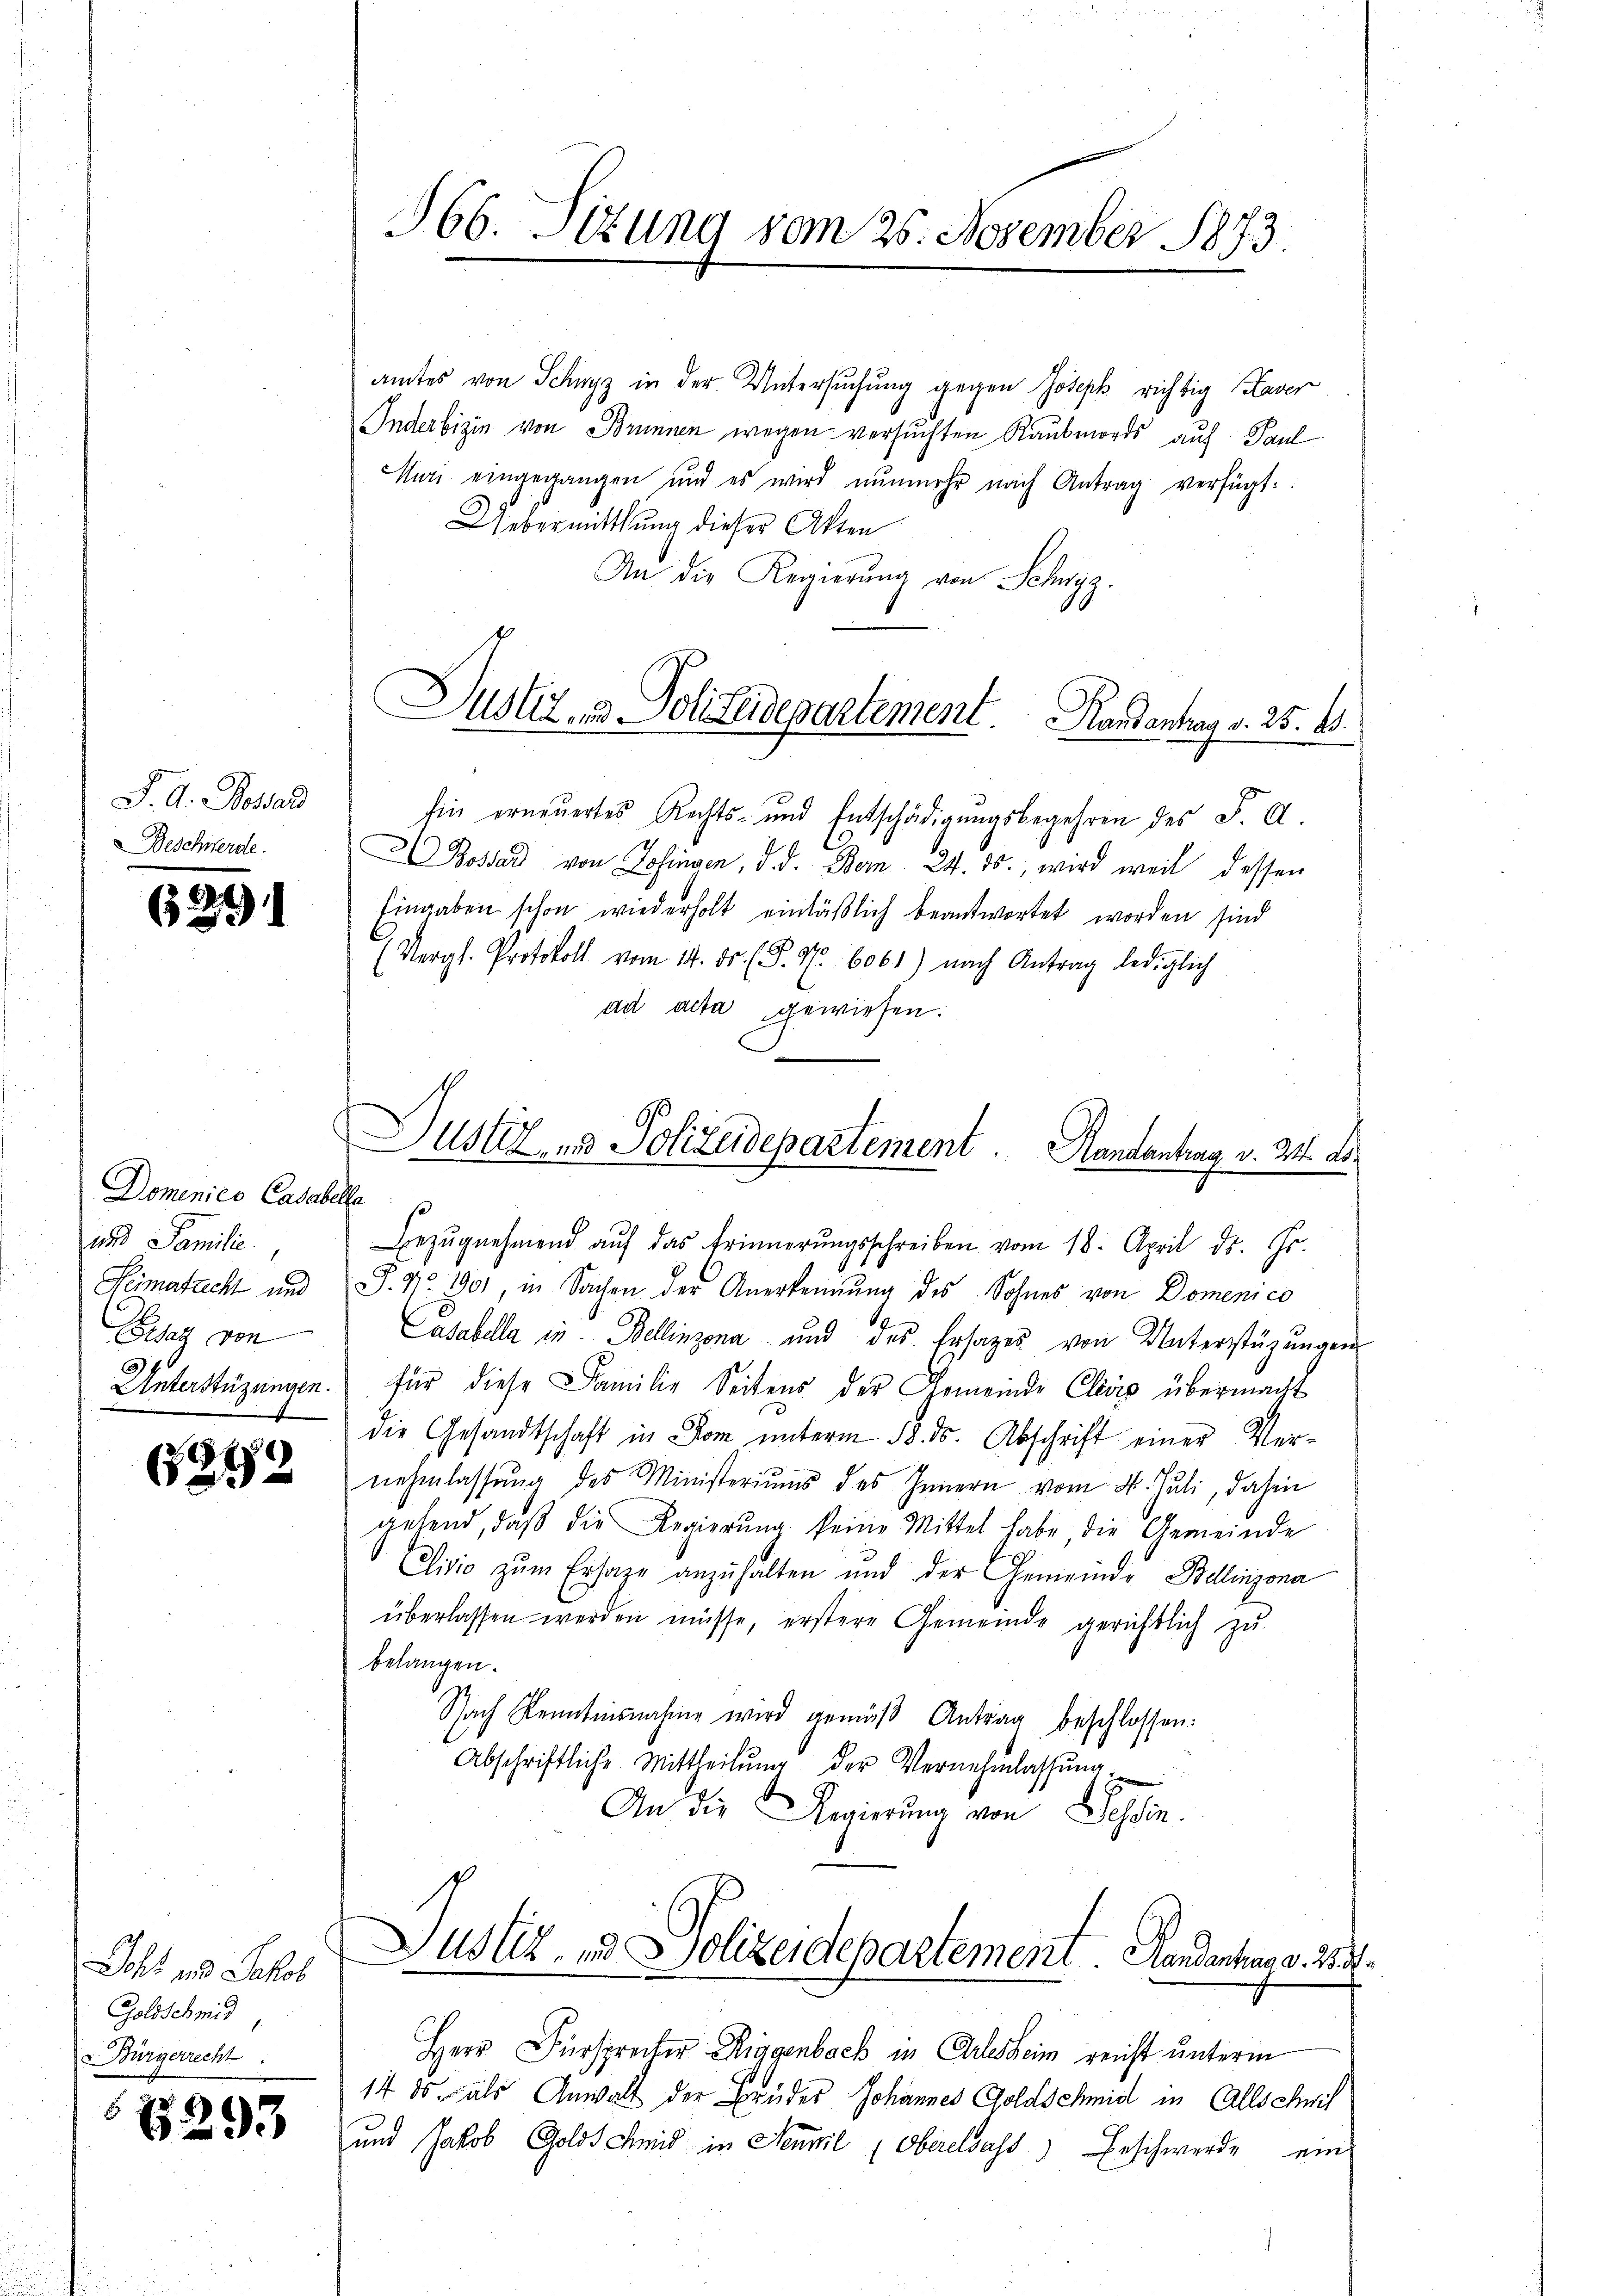
J. A. Bossard
Beschwerde.

21

Domenico Casabella
und Familie.
Heimatrecht und
Besatz von

6212

Doht und Jakob
Goldschmid,
Bürgerrecht

1293

§66. Sizung vom 26. November 1873.

amtes von Schwyz in der Untersuchung gegen Joseph richtig aver
Inderbizin von Brunnen wegen versuchten Raubmords auf Paul
Muri eingegangen und es wird nŭnmehr nach Antrag verfügt:
Uebermittlung dieser Akten
An die Regierŭng von Schwyz.

Justiz- & Polizeidepartement. Kardankay d. 25. 15.

Ein erneuertes Rechts- und Entschädigŭngsbegehren des F. A.
Bossard von Zofingen, d. d. Bern 24. ds., wird weil dessen
Eingaben schon wiederholt einläßlich beantwortet worden sind
(Vergl. Protokoll vom 14. ds. (S. 97. 6061) nach Antrag lediglich
dd acta gewiesen.
Bezŭgnehmend aŭf das Erinnerungsschreiben vom 18. April ds. Gr.
P. Nr. 1901, in Sachen der Anerkennung des Sohnes von Domenico
Casabella in Bellinzona und des Ersatzes von Unterstüzungen
Unterstüzungen. Für diese Familie Seitens der Gemeinde Clivis übermacht
die Gesandtschaft in Dom unterm 18. ds. Abschrift einer Vernehmlassŭng des Ministeriums des Innern vom 4. Juli, dahin
gehend, daβ die Regierŭng keine Mittel habe die Gemeinde
Clivio zum Ersage anzuhalten und der Gemeinde Bellinzona
überlassen werden müsse, erstere Gemeinde gerichtlich zu
belangen.
Nach Kenntnisnahme wird gemäβ Antrag beschlossen:
Abschriftliche Mittheilŭng der Vernehmlassŭng
An die Regierung von Tessin.
Justiz- und Polizeidepartement Handentrag d. 2.
Herr Fürsprecher Riggenbock in Arlesheim reicht unterm
14. ds. als Anwalt der Brüder Johannes Goldschmid in Allschrif
und Jakob Goldschmid in Neuvil (Oberelsass) Erschwerde ein
J

Justiz und Polizeidepartement. Handantrag v. M. D.